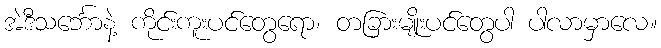
အဲဒီသင်္ဘောနဲ့ ကိုင်းကူးပင်တွေရော၊ တခြားမျိုးပင်တွေပါ ပါလာမှာလေ။